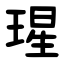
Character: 瑆